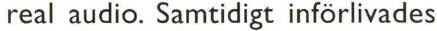
real audio. Samtidigt införlivades